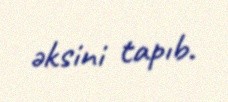
əksini tapıb.